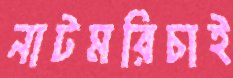
নাটমরিচাই